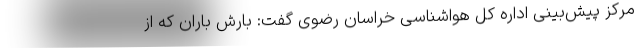
مرکز پیش‌بینی اداره کل هواشناسی خراسان رضوی گفت: بارش باران که از